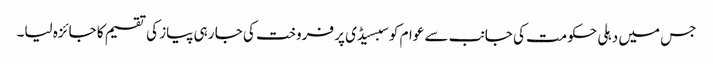
جس میں دہلی حکومت کی جانب سے عوام کو سبسیڈی پر فروخت کی جا رہی پیاز کی تقسیم کا جائزہ لیا۔